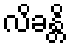
လိခန္တိ